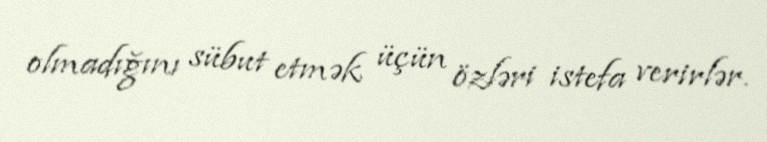
olmadığını sübut etmək üçün özləri istefa verirlər.